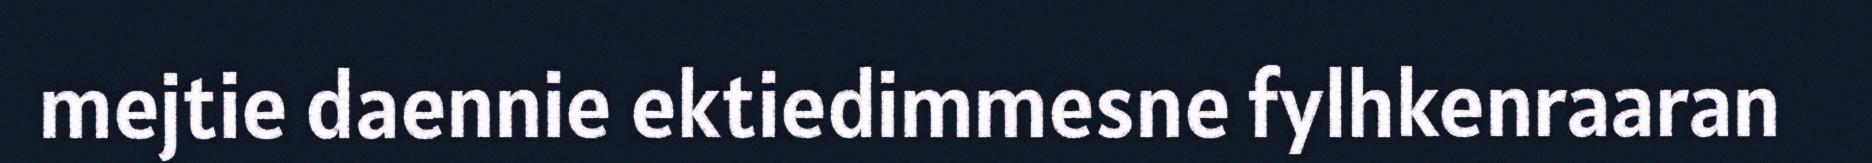
mejtie daennie ektiedimmesne fylhkenraaran